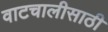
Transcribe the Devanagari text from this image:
वाटचालीसाठी